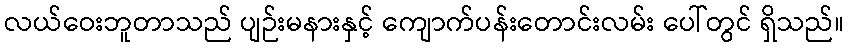
လယ်ဝေးဘူတာသည် ပျဉ်းမနားနှင့် ကျောက်ပန်းတောင်းလမ်း ပေါ်တွင် ရှိသည်။